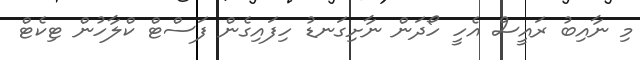
މި ނާއިބު ރައީސް އެހީ ހޯދަން ނާށިގަނޑު ހިފައިގެން ފަސްޓް ކްލާހުން ޓިކެޓް